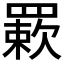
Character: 𦌊